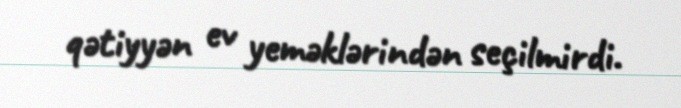
qətiyyən ev yeməklərindən seçilmirdi.